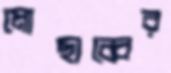
মোছাব্বের